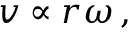
v \propto \! \, r \omega \, ,